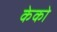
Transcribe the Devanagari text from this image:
केको